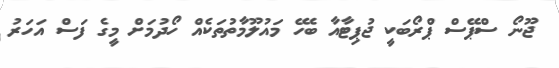
ޖޫނޯ ސްޕޭސް ޕްރޯބަކީ ޖުޕިޓާއާ ބެހޭ މައުލޫމާތުތަކެއް ހޯދުމަށް މީގެ ފަސް އަހަރު